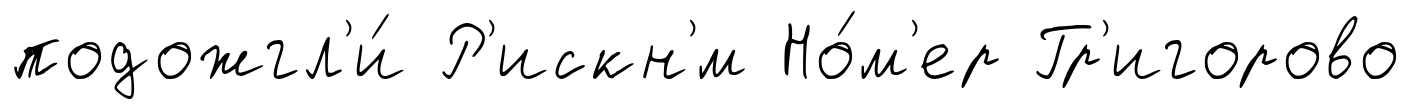
подожгл'и́ Р'искн'́м Но́м'ер Гр'игорово